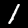
Digit: 1